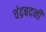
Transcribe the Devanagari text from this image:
चंद्रबदनी